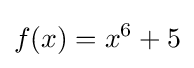
f(x)=x^{6}+5